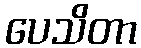
ပေသိတာ